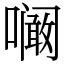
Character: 㘎